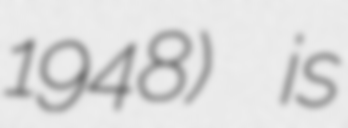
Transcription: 1948) is